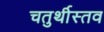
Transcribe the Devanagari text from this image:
चतुर्थीस्तव